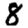
Digit: 8